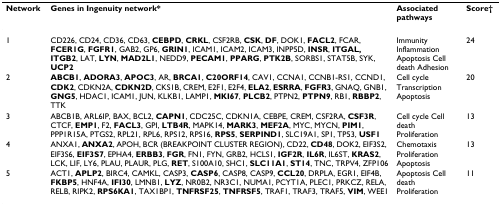
<table><thead><tr><td><b>Network</b></td><td><b>Genes in Ingenuity network*</b></td><td><b>Associated pathways</b></td><td><b>Score†</b></td></tr></thead><tbody><tr><td>1</td><td>CD226, CD24, CD36, CD63, <b>CEBPD</b>, <b>CRKL</b>, CSF2RB, <b>CSK</b>, <b>DF</b>, DOK1, <b>FACL2</b>, FCAR, <b>FCER1G</b>, <b>FGFR1</b>, GAB2, GP6, <b>GRIN1</b>, ICAM1, ICAM2, ICAM3, INPP5D, <b>INSR</b>, <b>ITGAL, ITGB2</b>, LAT, <b>LYN</b>, <b>MAD2L1</b>, NEDD9, <b>PECAM1</b>, <b>PPARG</b>, <b>PTK2B</b>, SORBS1, STAT5B, SYK, <b>UCP2</b></td><td>Immunity Inflammation Apoptosis Cell death Adhesion</td><td>24</td></tr><tr><td>2</td><td><b>ABCB1</b>, <b>ADORA3</b>, <b>APOC3</b>, AR, <b>BRCA1</b>, <b>C20ORF14</b>, CAV1, CCNA1, CCNB1-RS1, CCND1, <b>CDK2</b>, CDKN2A, <b>CDKN2D</b>, CKS1B, CREM, E2F1, E2F4, <b>ELA2</b>, <b>ESRRA</b>, <b>FGFR3</b>, GNAQ, GNB1, <b>GNG5</b>, HDAC1, ICAM1, JUN, KLKB1, LAMP1, <b>MKI67</b>, <b>PLCB2</b>, PTPN2, <b>PTPN9</b>, RB1, <b>RBBP2</b>, TTK</td><td>Cell cycle Transcription Apoptosis</td><td>20</td></tr><tr><td>3</td><td>ABCB1B, ARL6IP, BAX, BCL2, <b>CAPN1</b>, CDC25C, CDKN1A, CEBPE, CREM, CSF2RA, <b>CSF3R</b>, CTCF, <b>EMP1</b>, F2, <b>FACL3</b>, GPI, <b>LTB4R</b>, MAPK14, <b>MARK3</b>, <b>MEF2A</b>, MYC, MYCN, <b>PIM1</b>, PPP1R15A, PTGS2, RPL21, RPL6, RPS12, RPS16, <b>RPS5</b>, <b>SERPIND1</b>, SLC19A1, SP1, TP53, <b>USF1</b></td><td>Cell cycle Cell death Proliferation</td><td>13</td></tr><tr><td>4</td><td>ANXA1, <b>ANXA2</b>, APOH, BCR (BREAKPOINT CLUSTER REGION), CD22, <b>CD48</b>, DOK2, EIF3S2, EIF3S6, <b>EIF3S7</b>, EPHA4, <b>ERBB3</b>, <b>FGR</b>, FN1, FYN, GRB2, HCLS1, <b>IGF2R</b>, <b>IL6R</b>, IL6ST, <b>KRAS2</b>, LCK, LIF, LY6, PLAU, PLAUR, PLG, <b>RET</b>, S100A10, SHC1, <b>SLC11A1</b>, <b>ST14</b>, TNC, TRPV4, ZFP106</td><td>Chemotaxis Proliferation Apoptosis</td><td>13</td></tr><tr><td>5</td><td>ACT1, <b>APLP2</b>, BIRC4, CAMKL, CASP3, <b>CASP6</b>, CASP8, CASP9, <b>CCL20</b>, DRPLA, EGR1, EIF4B, <b>FKBP5</b>, HNF4A, <b>IFI30</b>, LMNB1, <b>LYZ</b>, NR0B2, NR3C1, NUMA1, PCYT1A, PLEC1, PRKCZ, RELA, RELB, RIPK2, <b>RPS6KA1</b>, TAX1BP1, <b>TNFRSF25</b>, <b>TNFRSF5</b>, TRAF1, TRAF3, TRAF5, <b>VIM</b>, WEE1</td><td>Apoptosis Cell death Proliferation</td><td>11</td></tr></tbody></table>